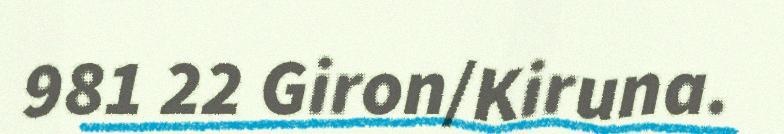
981 22 Giron/Kiruna.